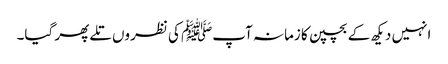
انہیں دیکھ کے بچپن کا زمانہ آپﷺ کی نظروں تلے پھر گیا۔